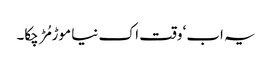
یہ اب‘ وقت اک نیا موڑ مُڑ چکا۔